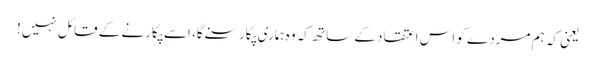
یعنی کہ ہم مردے کو اس اعتقاد کے ساتھ کہ وہ ہماری پکار سنے گا، اسے پکارنے کے قائل نہیں!